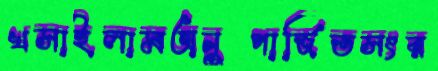
খসাইলামঅনুপার্জিতসংর